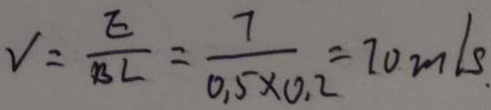
V = \frac { E } { B L } = \frac { 7 } { 0 \cdot 5 \times 0 \cdot 2 } = 7 0 m / s _ { \cdot }